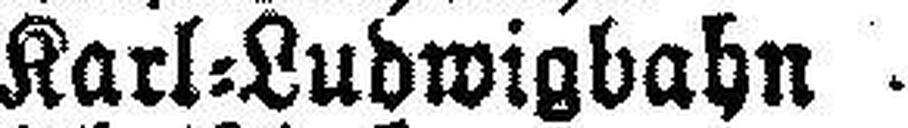
Karl=Ludwigbahn